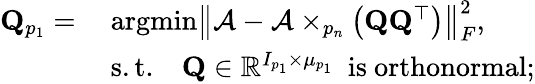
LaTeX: \begin{array}{rl}{\mathbf{Q}_{p_{1}}=}&{\ \mathrm{argmin}\left\| \mathcal{A}-\mathcal{A}\times_{p_{n}}\left({\mathbf Q}{\mathbf Q}^{\top}\right)\right\| _{F}^{2},}\\ &{\ \mathrm{s.t.}\quad\mathbf{Q}\in\mathbb{R}^{I_{p_{1}}\times\mu_{p_{1}}}\ \mathrm{~is~orthonormal};}\end{array}